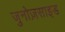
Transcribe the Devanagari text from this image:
जुनोज़साइड